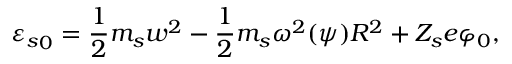
{ { \varepsilon } _ { s } } _ { 0 } = \frac { 1 } { 2 } m _ { s } w ^ { 2 } - \frac { 1 } { 2 } m _ { s } \omega ^ { 2 } ( \psi ) R ^ { 2 } + Z _ { s } e \varphi _ { 0 } ,